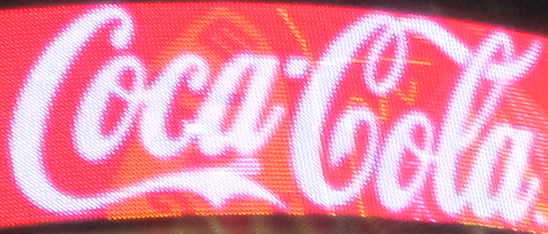
Coca'Cola